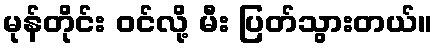
မုန်တိုင်း ဝင်လို့ မီး ပြတ်သွားတယ်။